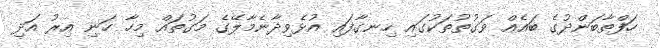
ހަފްތާބަންދުގެ ބައެއް ވަގުތުތަކުގައި ހިނގާފައި އުޅެވިދާނެމާލޭގެ މަގުތައް މިހާ ހަނި އިރު އަދި